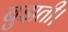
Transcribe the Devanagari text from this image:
बुझती।